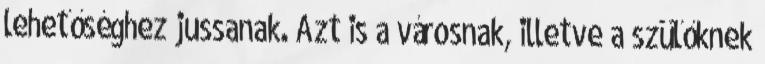
lehetőséghez jussanak. Azt is a városnak, illetve a szülőknek